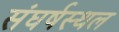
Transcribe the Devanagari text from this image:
संघर्षस्थल